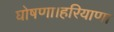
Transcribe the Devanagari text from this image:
घोषणा।हरियाणा